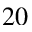
2 0